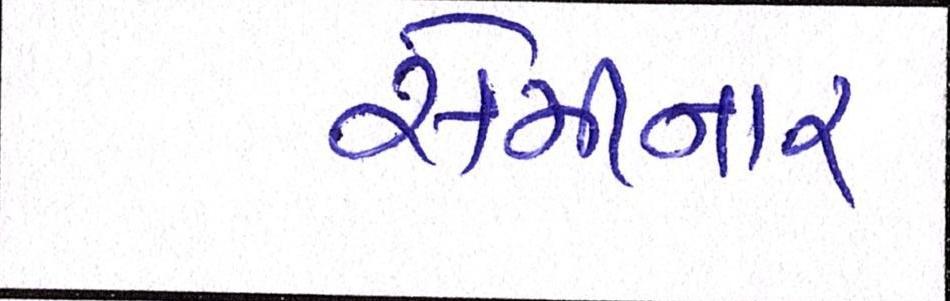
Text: સેમીનાર